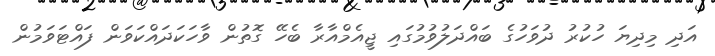
އަދި މިދިޔަ ހުކުރު ދުވަހުގެ ބައްދަލުވުމުގައި ޖީއެމްއާރާ ބެހޭ ގޮތުން ވާހަކަދައްކަވަން ފައްޓަވަމުން